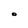
Character: O